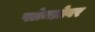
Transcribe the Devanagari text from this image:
फ्लेमथ्रोवर